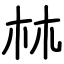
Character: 𣏟